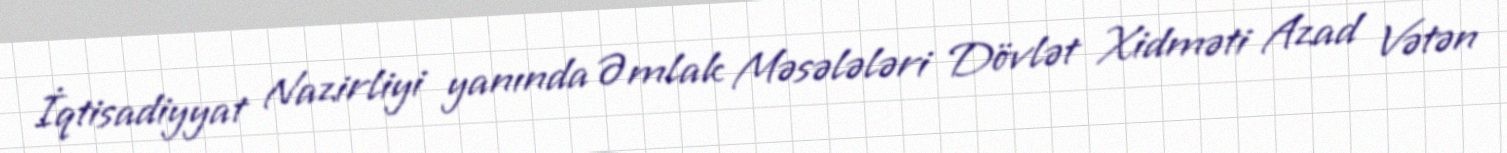
İqtisadiyyat Nazirliyi yanında Əmlak Məsələləri Dövlət Xidməti Azad Vətən